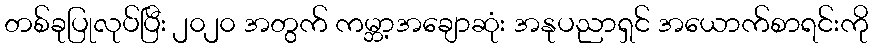
တစ်ခုပြုလုပ်ပြီး ၂၀၂၀ အတွက် ကမ္ဘာ့အချောဆုံး အနုပညာရှင် အယောက်စာရင်းကို